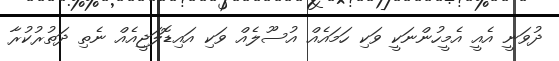
ދުވަނީ އެއީ އެމީހުންނަކީ ވަކި ހަމައެއް އުސޫލެއް ވަކި އައިޑޮލަޖީއެއް ނެތި ދަތުރުކުރާ